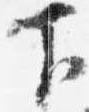
下